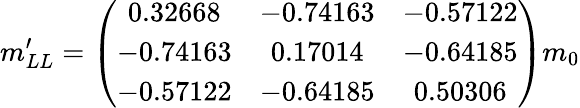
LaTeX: m_{LL}^{\prime}=\left(\begin{array}{ccc}{{0.32668}}&{{-0.74163}}&{{-0.57122}}\\ {{-0.74163}}&{{0.17014}}&{{-0.64185}}\\ {{-0.57122}}&{{-0.64185}}&{{0.50306}}\end{array}\right)m_{0}